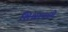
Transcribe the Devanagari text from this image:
शिश्नामध्ये